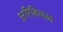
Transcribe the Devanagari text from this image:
अरिवियल